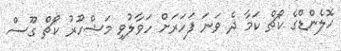
ހޮލެންޑްގެ ކޯޗް ކަމާ ދެ ވަނަ ފަހަރަށް ހަވާލުވި މަޝްހޫރު ކޯޗް ގޫސް